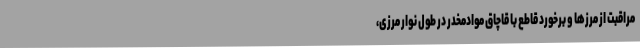
مراقبت از مرزها و برخورد قاطع با قاچاق موادمخدر در طول نوار مرزی،